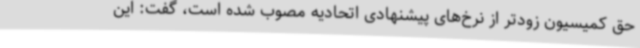
حق کمیسیون زودتر از نرخ‌های پیشنهادی اتحادیه مصوب شده است، گفت: این